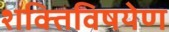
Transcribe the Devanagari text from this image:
शक्तिविषयेण